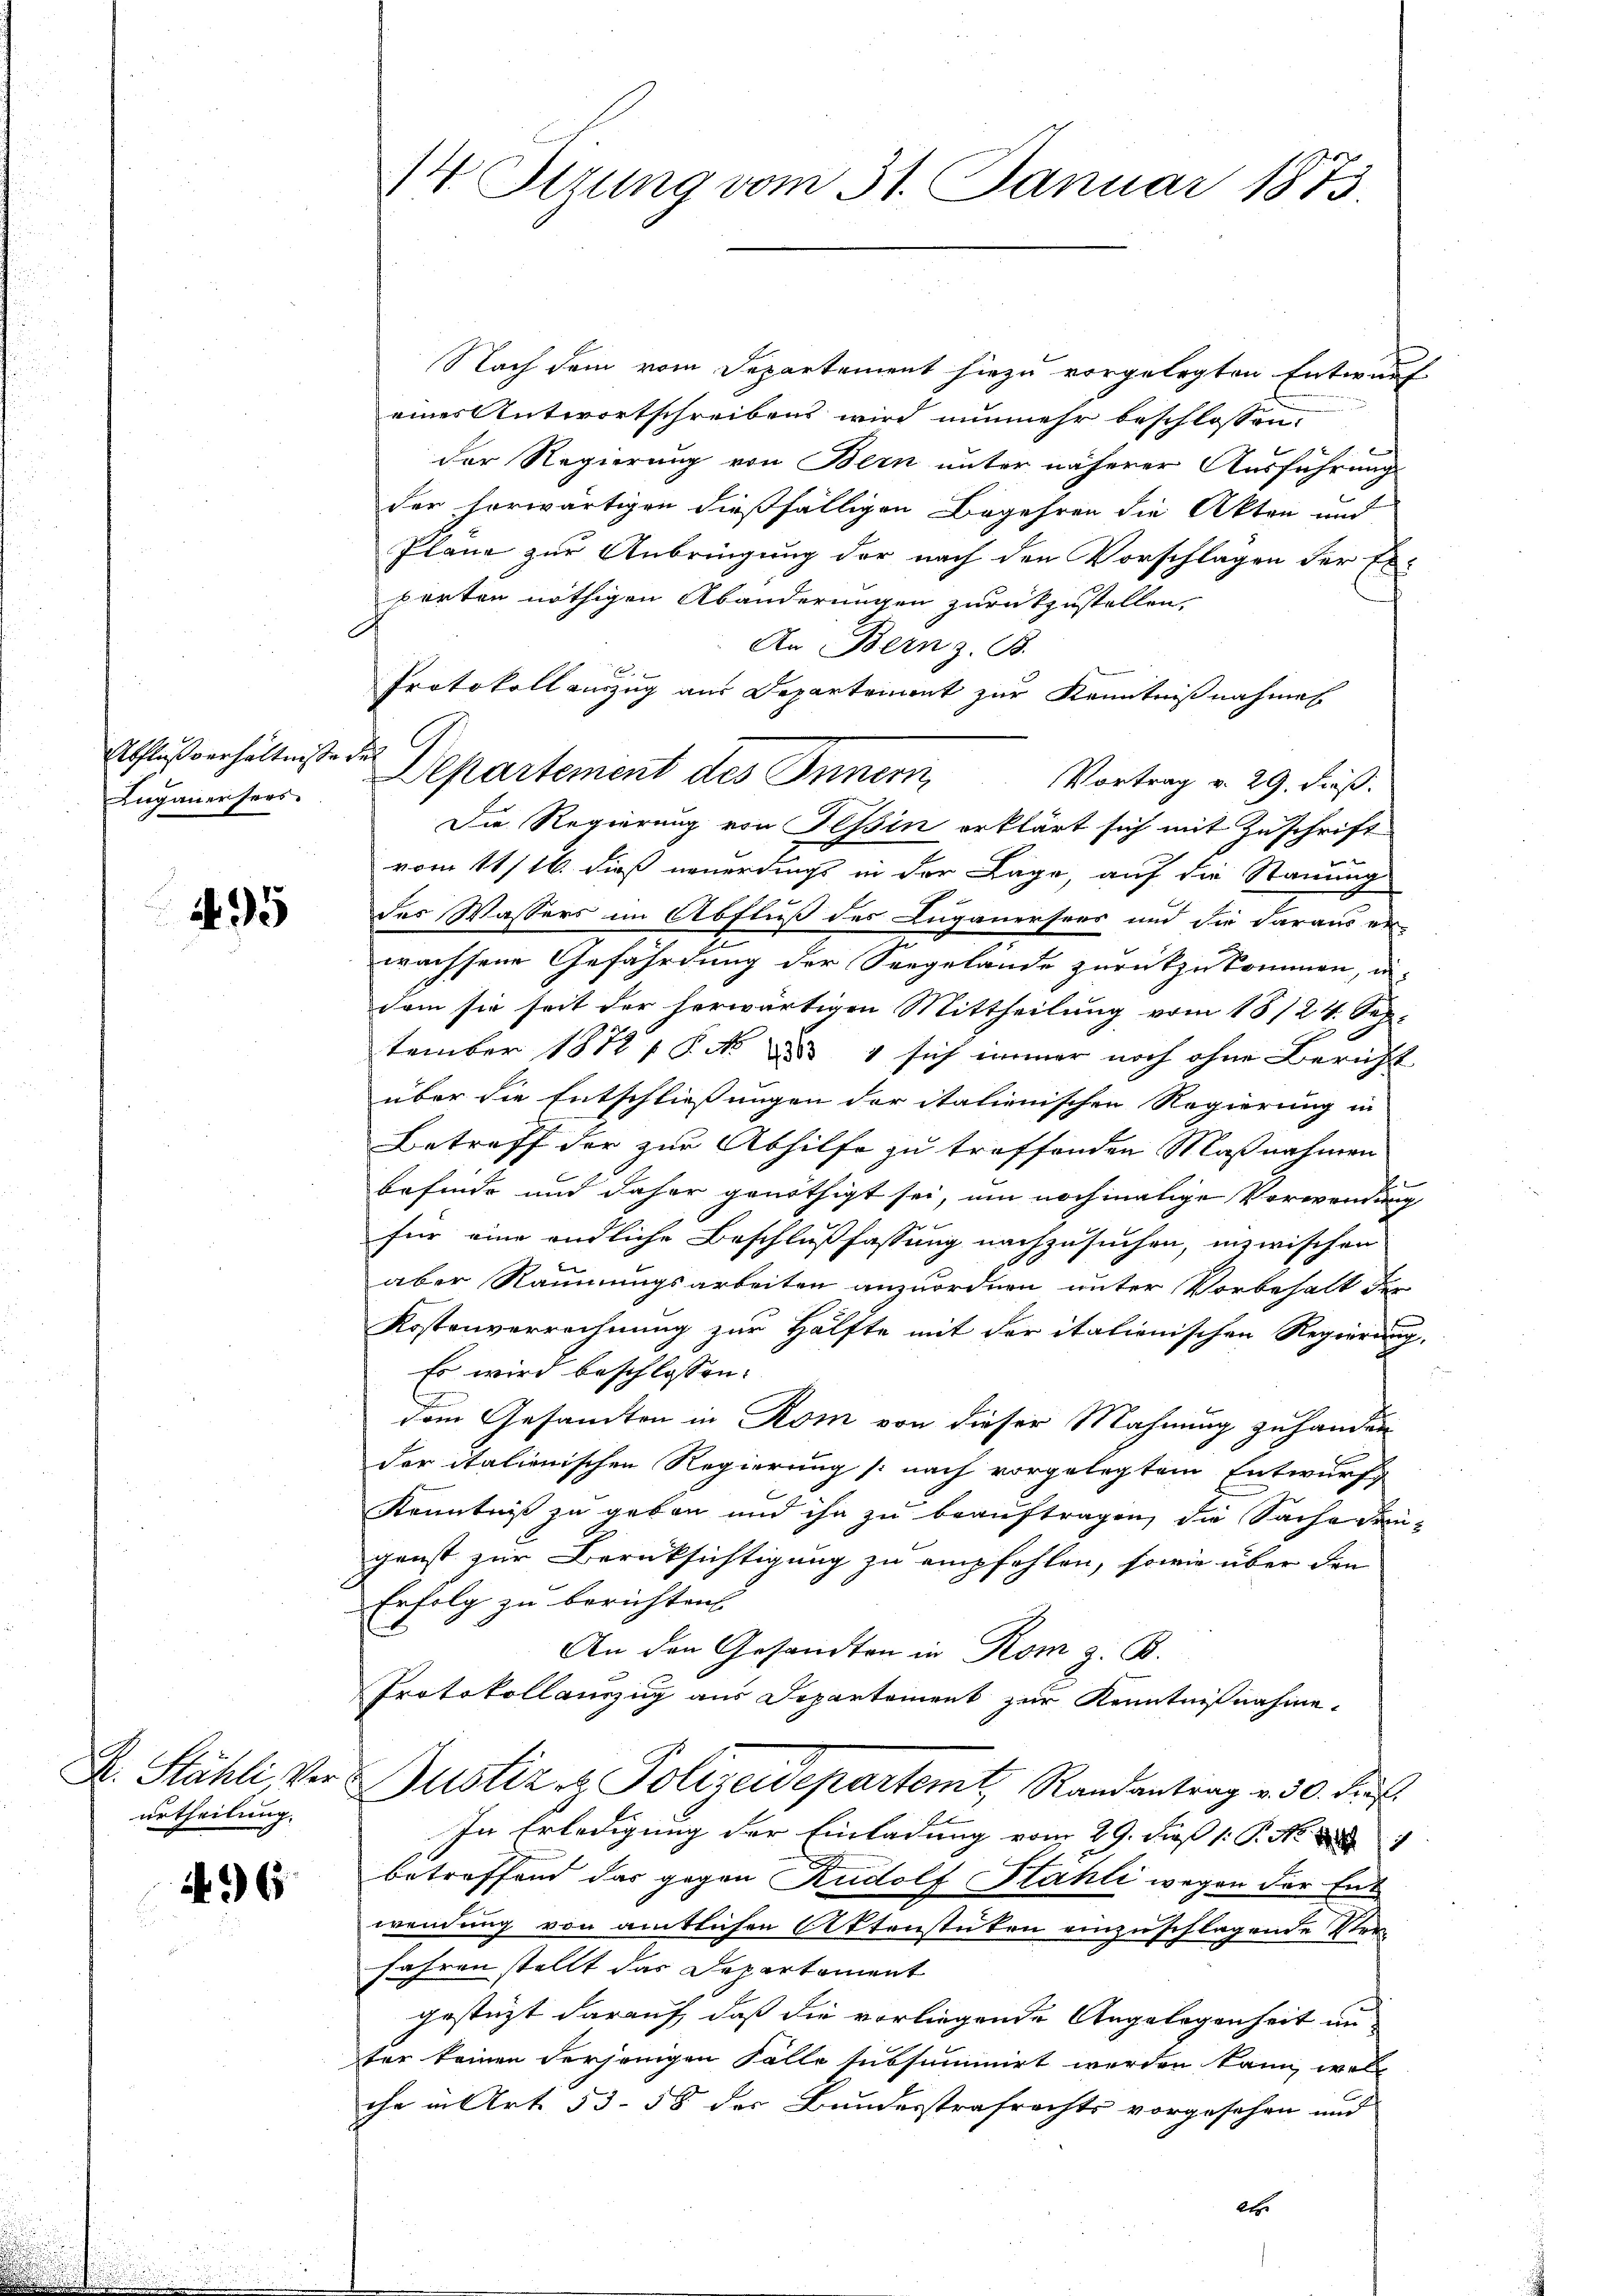
Abflußverhältnisse der
Luganensers

495

urtheilung.

496

Nach dem vom Departement hiezu vorgelegten Entwurf
eines Antwortschreibens wird nunmehr beschlossen:
der Regierung von Bern unter näherer Ausführung
der vorwärtigen dießfälligen Begehren die Akten und
Pläne zur Anbringung der nach den Vorschlagen der Exporten nöthigen Abänderungen zurückzustellen.
An Bern z. B.
Protokoll auszug aus Departement zur Kenntnißnahmen
Die Regierung von Tessin erklärt sich mit Zuschrift
vom 11/16. dieß neuerdings in der Lage, auf die Stauung
des Wassers im Abfluß des Luganersees und die daraus er-
wachsene Gefährdung der Seegelande zurückzukommen, wi-
dem sie seit der herwärtigen Mittheilung vom 18/24. Sep.
tember 1872, S. Nr. 834 sich immer noch ohne Bericht
über die Entschließungen der italienischen Regierung in
Betreff der zur Abhilfe zu treffenden Maßnahmen
2
befinde und daher genöthigt sei, um nochmalige Verwendung
für eine endliche Beschlußfassung nachzusuchen, inzwischen
aber Räumungsarbeiten anzuordnen unter Vorbehalt der
Kostenverrechnung zur Hälfte mit der italienischen Regierung,
Es wird beschlossen:
.
dem Gesandten in Rom von dieser Mahnung zu handen
der italienischen Regierung nach vorgelegtem Entwurf
Kenntniß zu geben und ihn zu beauftragen, die Sache dem
genst zur Berüksichtigung zu empfehlen, sowie über den
Erfolg zu berichten
An den Gesandten in Rom z. B.
Protokollauszug aus Departement zur Kenntnißnahme.
R. Stähli, vor Gustiz & Polizeidepartemt, Randantrag v. 30. Auf
In Erledigung der Einladung vom 29. Fuß (: P. No. 288.
betreffend das gegen Rudolf Sahli wegen der Ent
wendung von amtlichen Aktenstüken einzuschlagende Ver¬
Jahren stellt das Departement
gestüzt darauf, daß die vorliegende Angelegenheit un
ter keinen derjenigen Falle subsummirt werden kann, welc
che in Art. 53. 58 des Bundesstrafrechts vorgesehen und
lte.

14 Oerung vom 31. Januar 1873.

Departement des Innern Vortrag v. 29. Fräß.